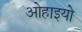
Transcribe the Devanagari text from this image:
ओहाइयो